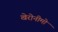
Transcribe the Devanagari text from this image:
खेरोनीमो